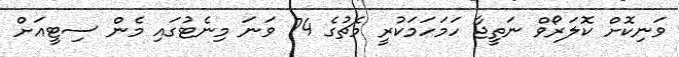
ވަނިކޮށް ކޮލަރޯވް ނަތީޖާ ހަމަހަމަކުރީ މެޗުގެ 74 ވަނަ މިނެޓުގައި މެން ސިޓީއަށް